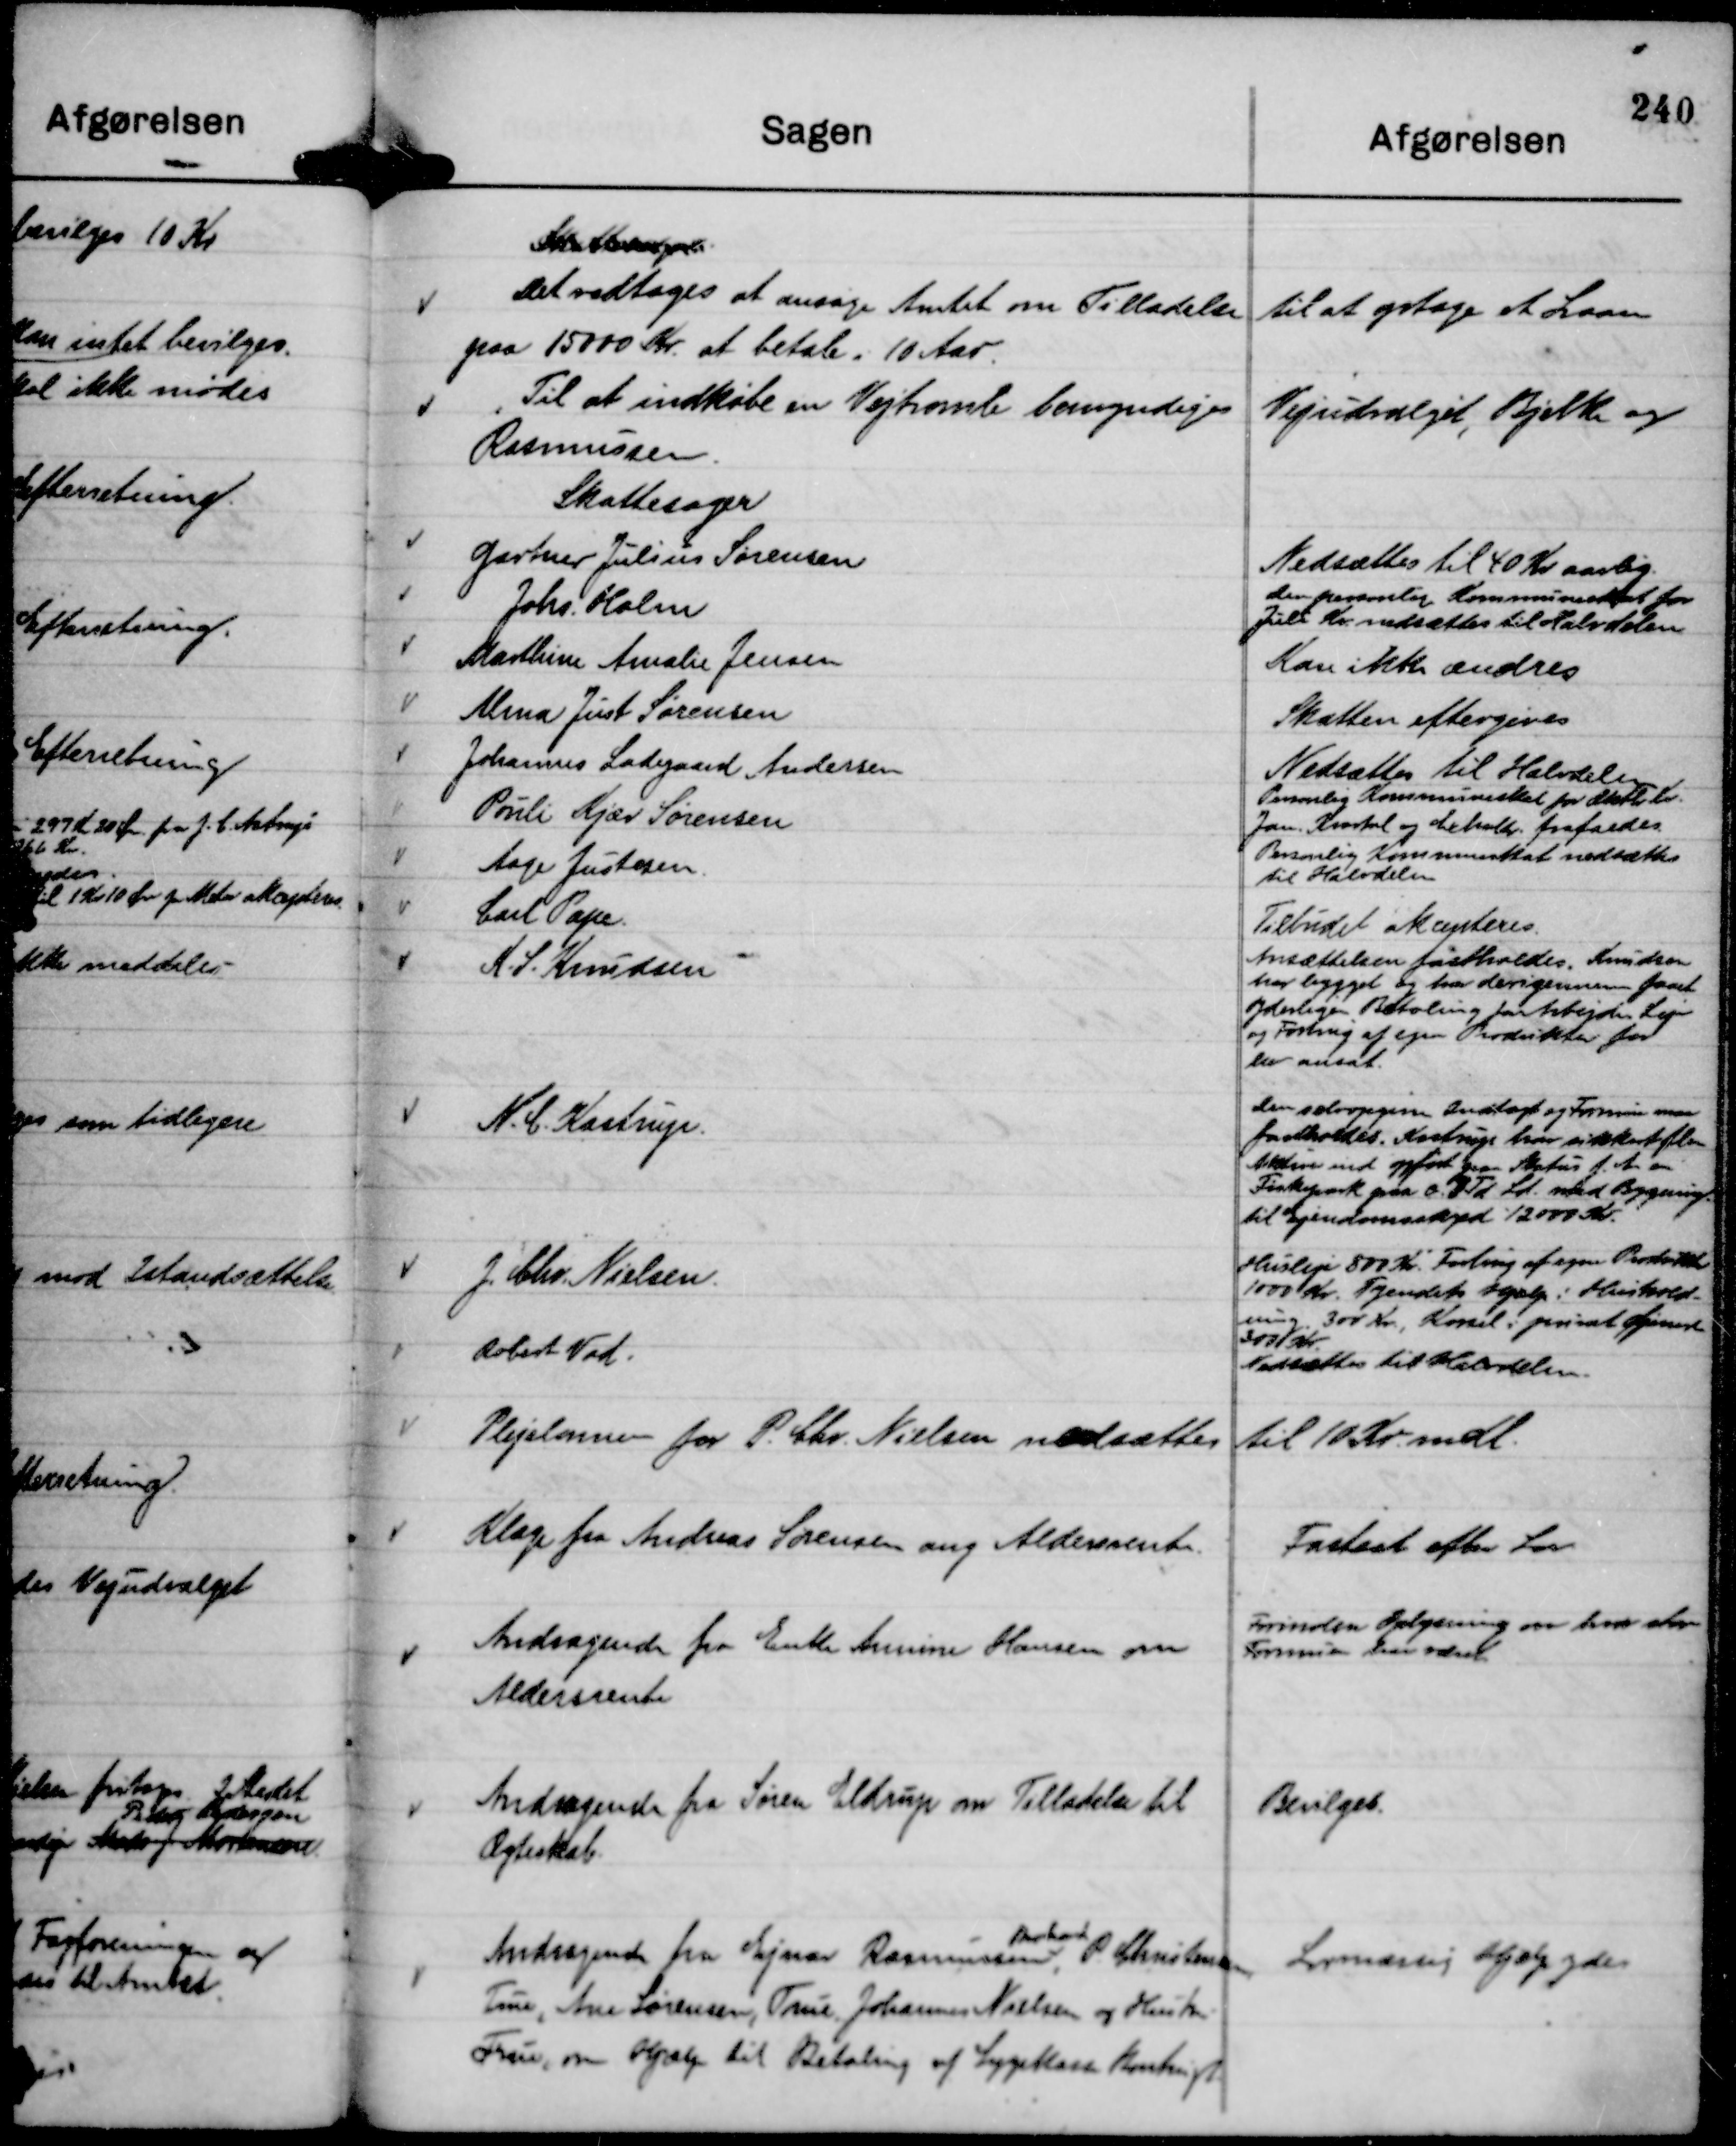
Transskription:
Skattesager.
Det vedtages at ansøge Amtet om Tilladelse til at optage et Laan
paa 15000 Kr. at betale i 10 Aar.

Til at indkøbe en Vejtromle bemyndiges Vejudvalget, Bjelke og
Rasmussen.

Plejelønnen for P. Chr. Nielsen nedsættes til 10 Kr. mdl.

Klage fra Andreas Sørensen ang Aldersrente.

Fastsat efter Lov

Andragende fra Enke Annine Hansen om
Aldersrente

Forinden Oplysning om hvor stor
Formuen har været.

Andragende fra Søren Eldrup om Tilladelse til
Ægteskab.

Bevilget.

Andragende fra Ejnar Rasmussen,
Brabrand
P. Christensen,
True, Ane Sørensen, True, Johannes Nielsen og Hustru
True, om Hjælp til Betaling af Sygekassekontingt

Lovmæssig Hjælp ydes